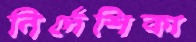
নির্দেশিকা